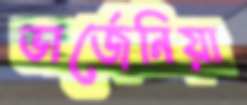
ভার্জেনিয়া